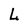
Character: L